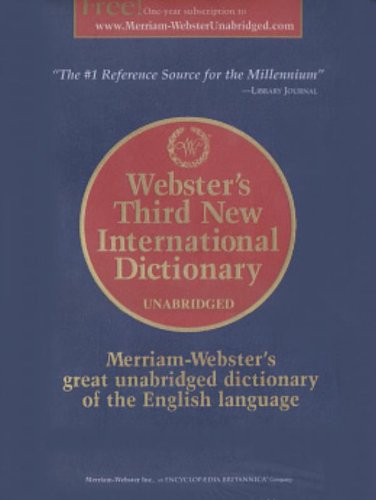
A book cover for Webster's Third New International Dictionary of the English Language; Reference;